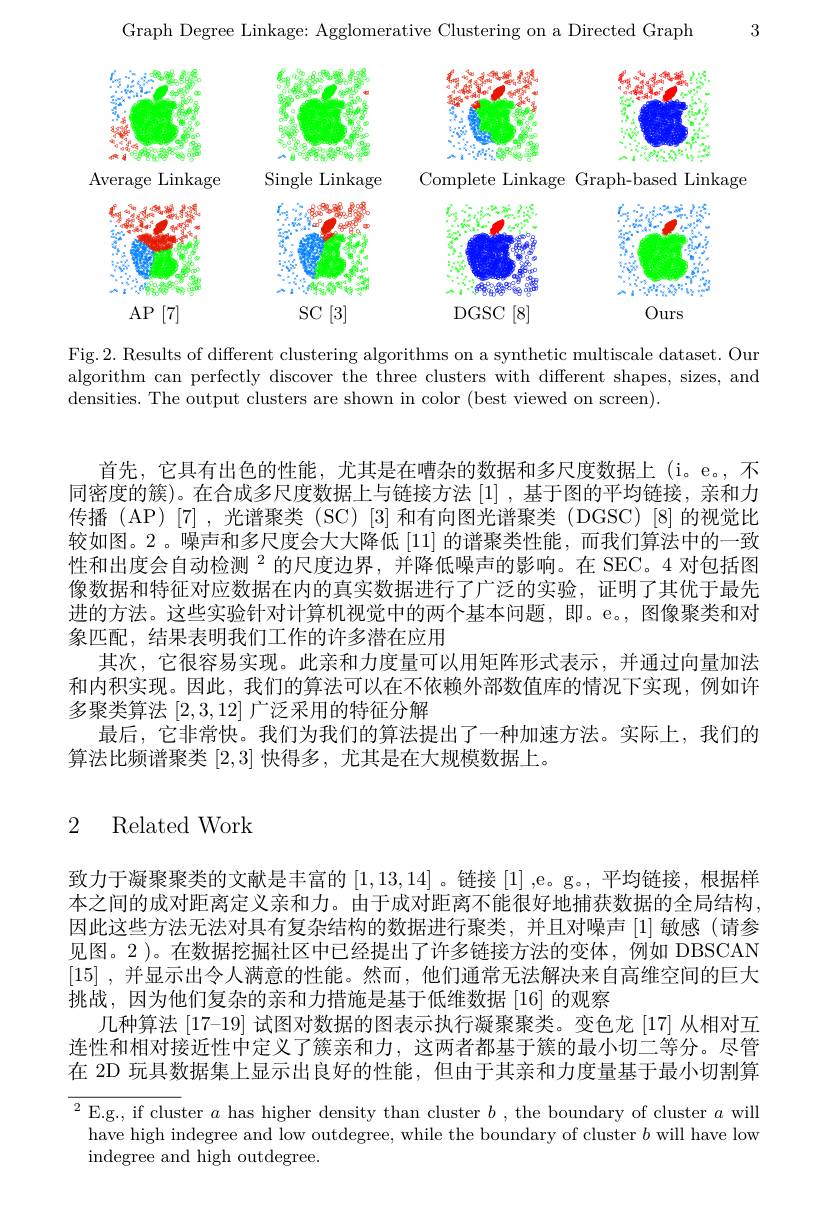
3

Graph Degree Linkage: Agglomerative Clustering on a Directed Graph

<FigureHere>
Average Linkage
Single Linkage
Complete Linkage Graph-based Linkage

<FigureHere>

Fig.2. Results of different clustering algorithms on a synthetic multiscale dataset. Our algorithm can perfectly discover the three clusters with different shapes, sizes, and densities. The output clusters are shown in color (best viewed on screen).

首先，它具有出色的性能，尤其是在嘈杂的数据和多尺度数据上(i。e。,不同密度的簇)。在合成多尺度数据上与链接方法[1] ,基于图的平均链接，亲和力传播(AP)[7],光谱聚类(SC)[3]和有向图光谱聚类(DGSC)[8]的视觉比较如图。2 。噪声和多尺度会大大降低[11]的谱聚类性能，而我们算法中的一致性和出度会自动检测$^2$的尺度边界，并降低噪声的影响。在 SEC。4 对包括图像数据和特征对应数据在内的真实数据进行了广泛的实验，证明了其优于最先进的方法。这些实验针对计算机视觉中的两个基本问题，即。e。,图像聚类和对象匹配，结果表明我们工作的许多潜在应用
其次，它很容易实现。此亲和力度量可以用矩阵形式表示，并通过向量加法和内积实现。因此，我们的算法可以在不依赖外部数值库的情况下实现，例如许多聚类算法[2,3,12]广泛采用的特征分解
最后，它非常快。我们为我们的算法提出了一种加速方法。实际上，我们的
算法比频谱聚类[2,3]快得多，尤其是在大规模数据上。

# 2 Related Work

致力于凝聚聚类的文献是丰富的[1,13,14] 。链接 [1] ,e。g。,平均链接，根据样本之间的成对距离定义亲和力。由于成对距离不能很好地捕获数据的全局结构因此这些方法无法对具有复杂结构的数据进行聚类，并且对噪声 [1] 敏感(请参见图。2 )。在数据挖掘社区中已经提出了许多链接方法的变体，例如 DBSCAN [15] , 并显示出令人满意的性能。然而，他们通常无法解决来自高维空间的巨大挑战，因为他们复杂的亲和力措施是基于低维数据[16]的观察
几种算法 [17-19] 试图对数据的图表示执行凝聚聚类。变色龙 [17] 从相对互连性和相对接近性中定义了簇亲和力，这两者都基于簇的最小切二等分。尽管在 2D 玩具数据集上显示出良好的性能，但由于其亲和力度量基于最小切割算

${^{2}\text{E.g., if cluster }a\text{ has higher density than cluster }b,\text{ the boundary of cluster }a\text{ will}}$
have high indegree and low outdegree, while the boundary of cluster $b$ will have low
indegree and high outdegree.